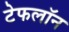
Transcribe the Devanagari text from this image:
टेफलॉन